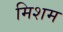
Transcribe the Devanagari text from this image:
मिशम